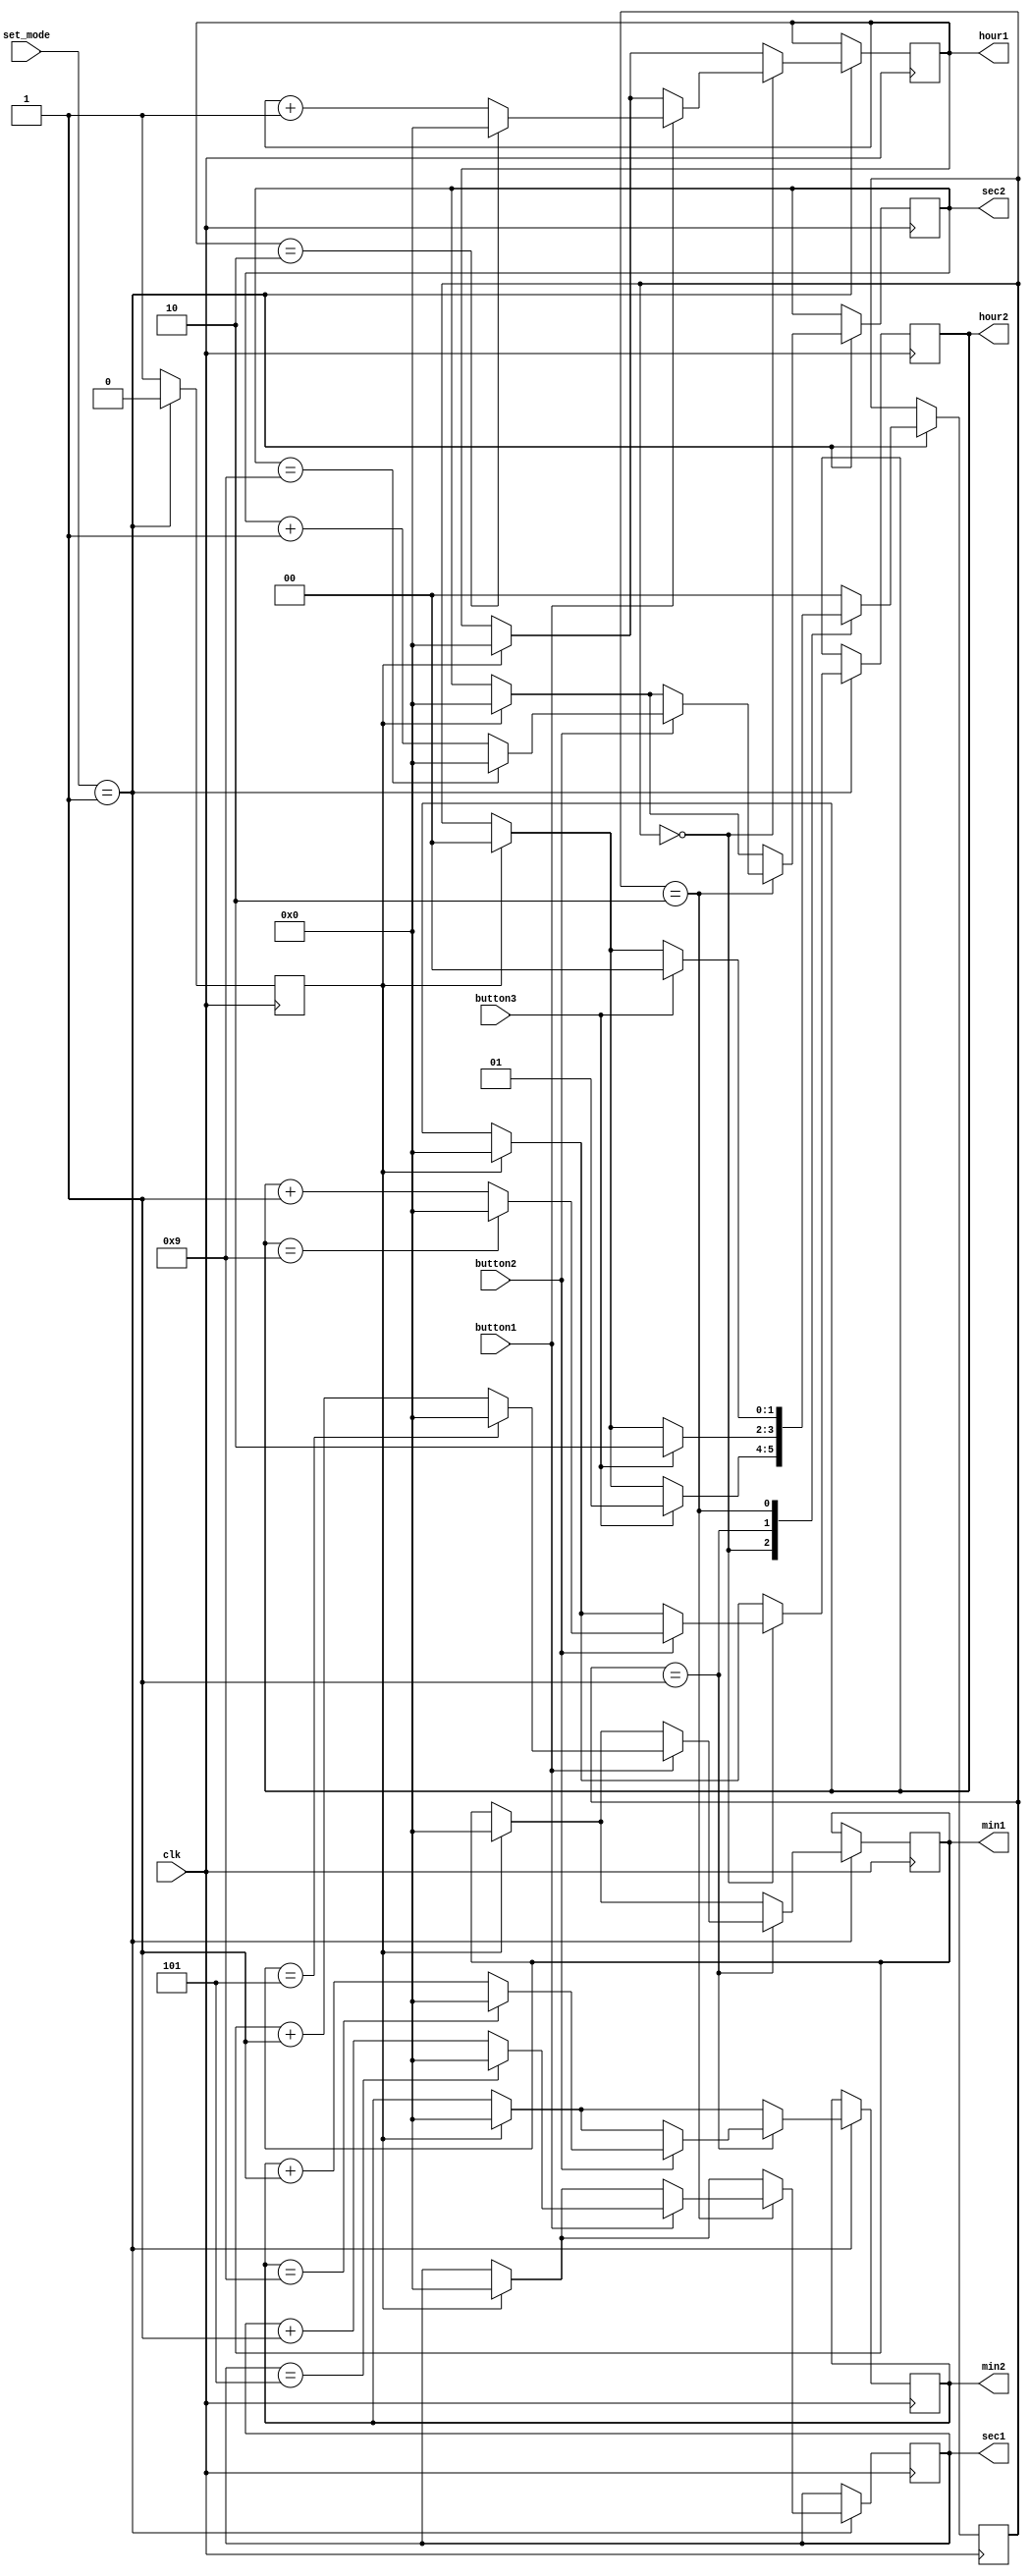
module settime (
    input clk,
    input button1,
    input button2,
    input button3,
    input [1:0] set_mode,
    output reg [3:0] hour1,
    output reg [3:0] hour2,
    output reg [3:0] min1,
    output reg [3:0] min2,
    output reg [3:0] sec1,
    output reg [3:0] sec2
);

parameter HOUR = 2'b00, MIN = 2'b01, SEC = 2'b10, DONE = 2'b11;
    reg [1:0] state;
    reg issetpressednow;

    always @(posedge clk) begin
        if (set_mode == 2'b01) begin
            if (issetpressednow) begin
                state <= 0;
                hour1 <= 0;
                hour2 <= 0;
                min1 <= 0;
                min2 <= 0;
                sec1 <= 0;
                sec2 <= 0;
                issetpressednow <= 0;
            end

            casex(state)
                HOUR: begin
                    if (button1) begin
                        hour1 <= (hour1 == 4'h2) ? 4'b0 : hour1 + 1;
                    end
                    if (button2) begin
                        hour2 <= (hour2 == 4'h9) ? 4'b0 : hour2 + 1;
                    end
                    if (button3) begin
                        state <= MIN;
                    end
                end

                MIN: begin
                    if (button1) begin
                        min1 <= (min1 == 4'h5) ? 4'b0 : min1 + 1;
                    end
                    if (button2) begin
                        min2 <= (min2 == 4'h9) ? 4'b0 : min2 + 1;
                    end
                    if (button3) begin
                        state <= SEC;
                    end
                end

                SEC: begin
                    if (button1) begin
                        sec1 <= (sec1 == 4'h5) ? 4'b0 : sec1 + 1;
                    end
                    if (button2) begin
                        sec2 <= (sec2 == 4'h9) ? 4'b0 : sec2 + 1;
                    end
                    if (button3) begin
                        state <= HOUR;
                    end
                end
                default: state <= HOUR;
            endcase
        end

        else begin
           issetpressednow <= 1;
        end
    end
endmodule